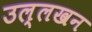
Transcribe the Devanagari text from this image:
उल्लखन